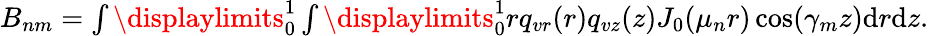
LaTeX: \begin{array}{r}{B_{nm}=\int\displaylimits_{0}^{1}\int\displaylimits_{0}^{1}rq_{vr}(r)q_{vz}(z)J_{0}(\mu_{n}r)\cos(\gamma_{m}z)\textrm{d}r\textrm{d}z.}\end{array}